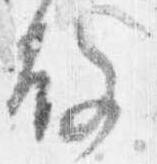
故